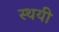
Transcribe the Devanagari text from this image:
स्थयी